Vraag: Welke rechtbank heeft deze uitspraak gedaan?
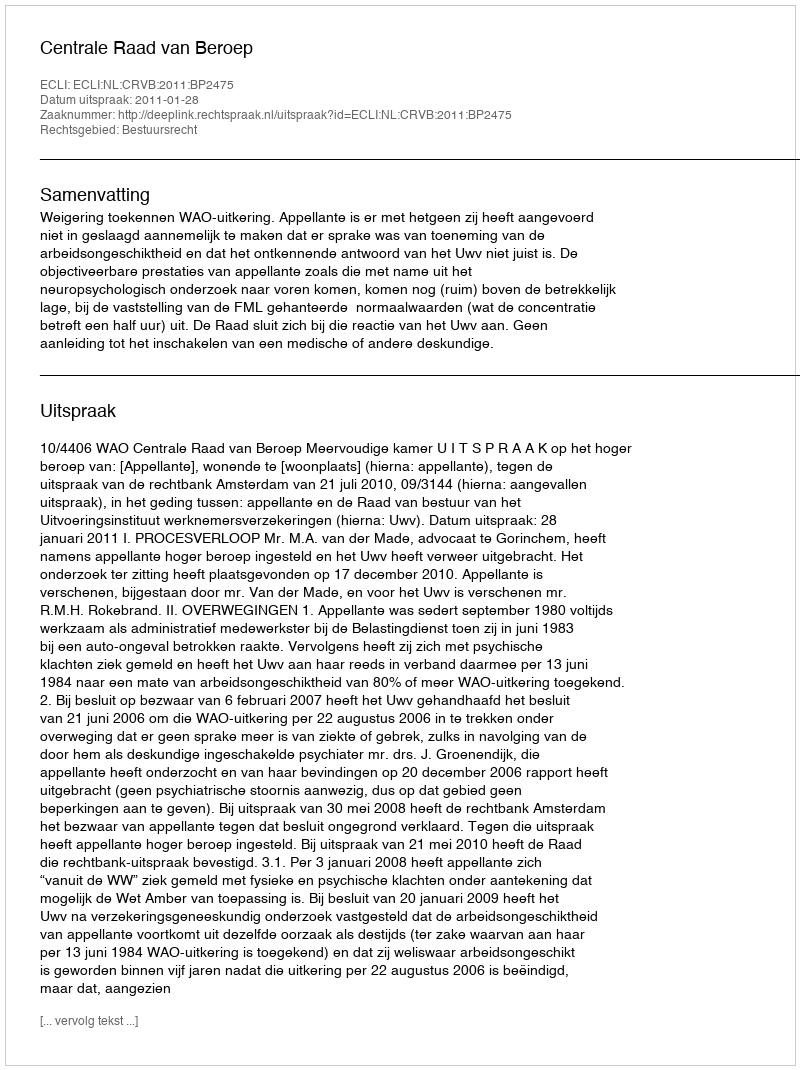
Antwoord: Centrale Raad van Beroep